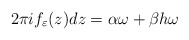
\begin{align*}2\pi i f_\varepsilon(z)dz = \alpha \omega + \beta h\omega\end{align*}